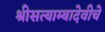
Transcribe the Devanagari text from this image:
श्रीसत्याम्बादेवीचे